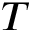
T